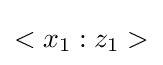
<x_{1}:z_{1}>